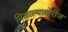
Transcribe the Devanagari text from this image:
मिळाल्याखेरीज